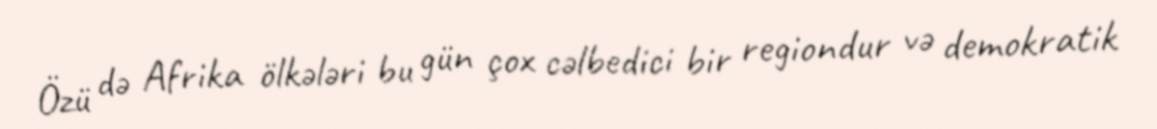
Özü də Afrika ölkələri bu gün çox cəlbedici bir regiondur və demokratik